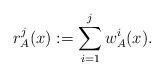
LaTeX: \begin{align*}r_A^j(x):=\sum_{i=1}^j w_A^i(x).\end{align*}